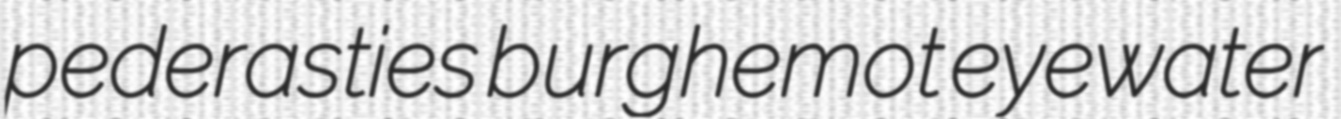
pederasties burghemot eyewater